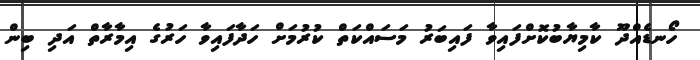
ހޯނޑެއްދޫ ކާމިޔާބުކޮށްފައިވާ ފައިބަރު މަސައްކަތް ކުރުމަށް ހަދާފައިވާ ހަރުގެ އިމާރާތް އަދި ބިން